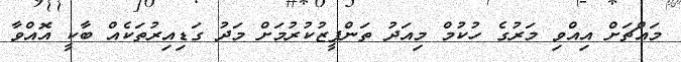
މައްޗަށް އިއްވި މަރުގެ ހުކުމް މިއަދު ތަންފީޒުކުރުމަށް މަދު ގަޑިއިރުތަކެއް ބާކީ އޮއްވާ